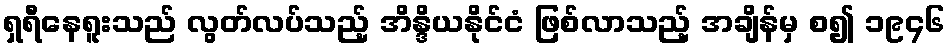
ရှရီနေရူးသည် လွတ်လပ်သည့် အိန္ဒိယနိုင်ငံ ဖြစ်လာသည့် အချိန်မှ စ၍ ၁၉၄၆